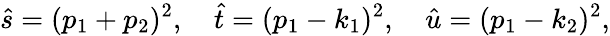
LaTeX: \hat{s}=(p_{1}+p_{2})^{2},\quad\hat{t}=(p_{1}-k_{1})^{2},\quad\hat{u}=(p_{1}-k_{2})^{2},